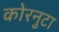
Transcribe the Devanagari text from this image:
कोरनुटा